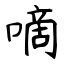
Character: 嘀